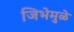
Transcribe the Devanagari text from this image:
जिभेमुळे